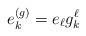
LaTeX: \begin{align*}e_k^{(g)}=e_\ell g^\ell_k\end{align*}